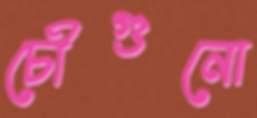
চৌগুনো